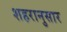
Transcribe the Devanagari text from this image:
शहरानुसार